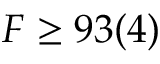
F \ge 9 3 ( 4 )